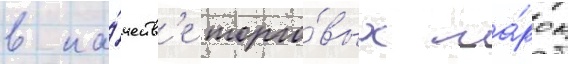
в ка́честв'е торго́вых ма́рок